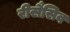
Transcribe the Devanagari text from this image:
रीसैसिव